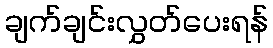
ချက်ချင်းလွှတ်ပေးရန်